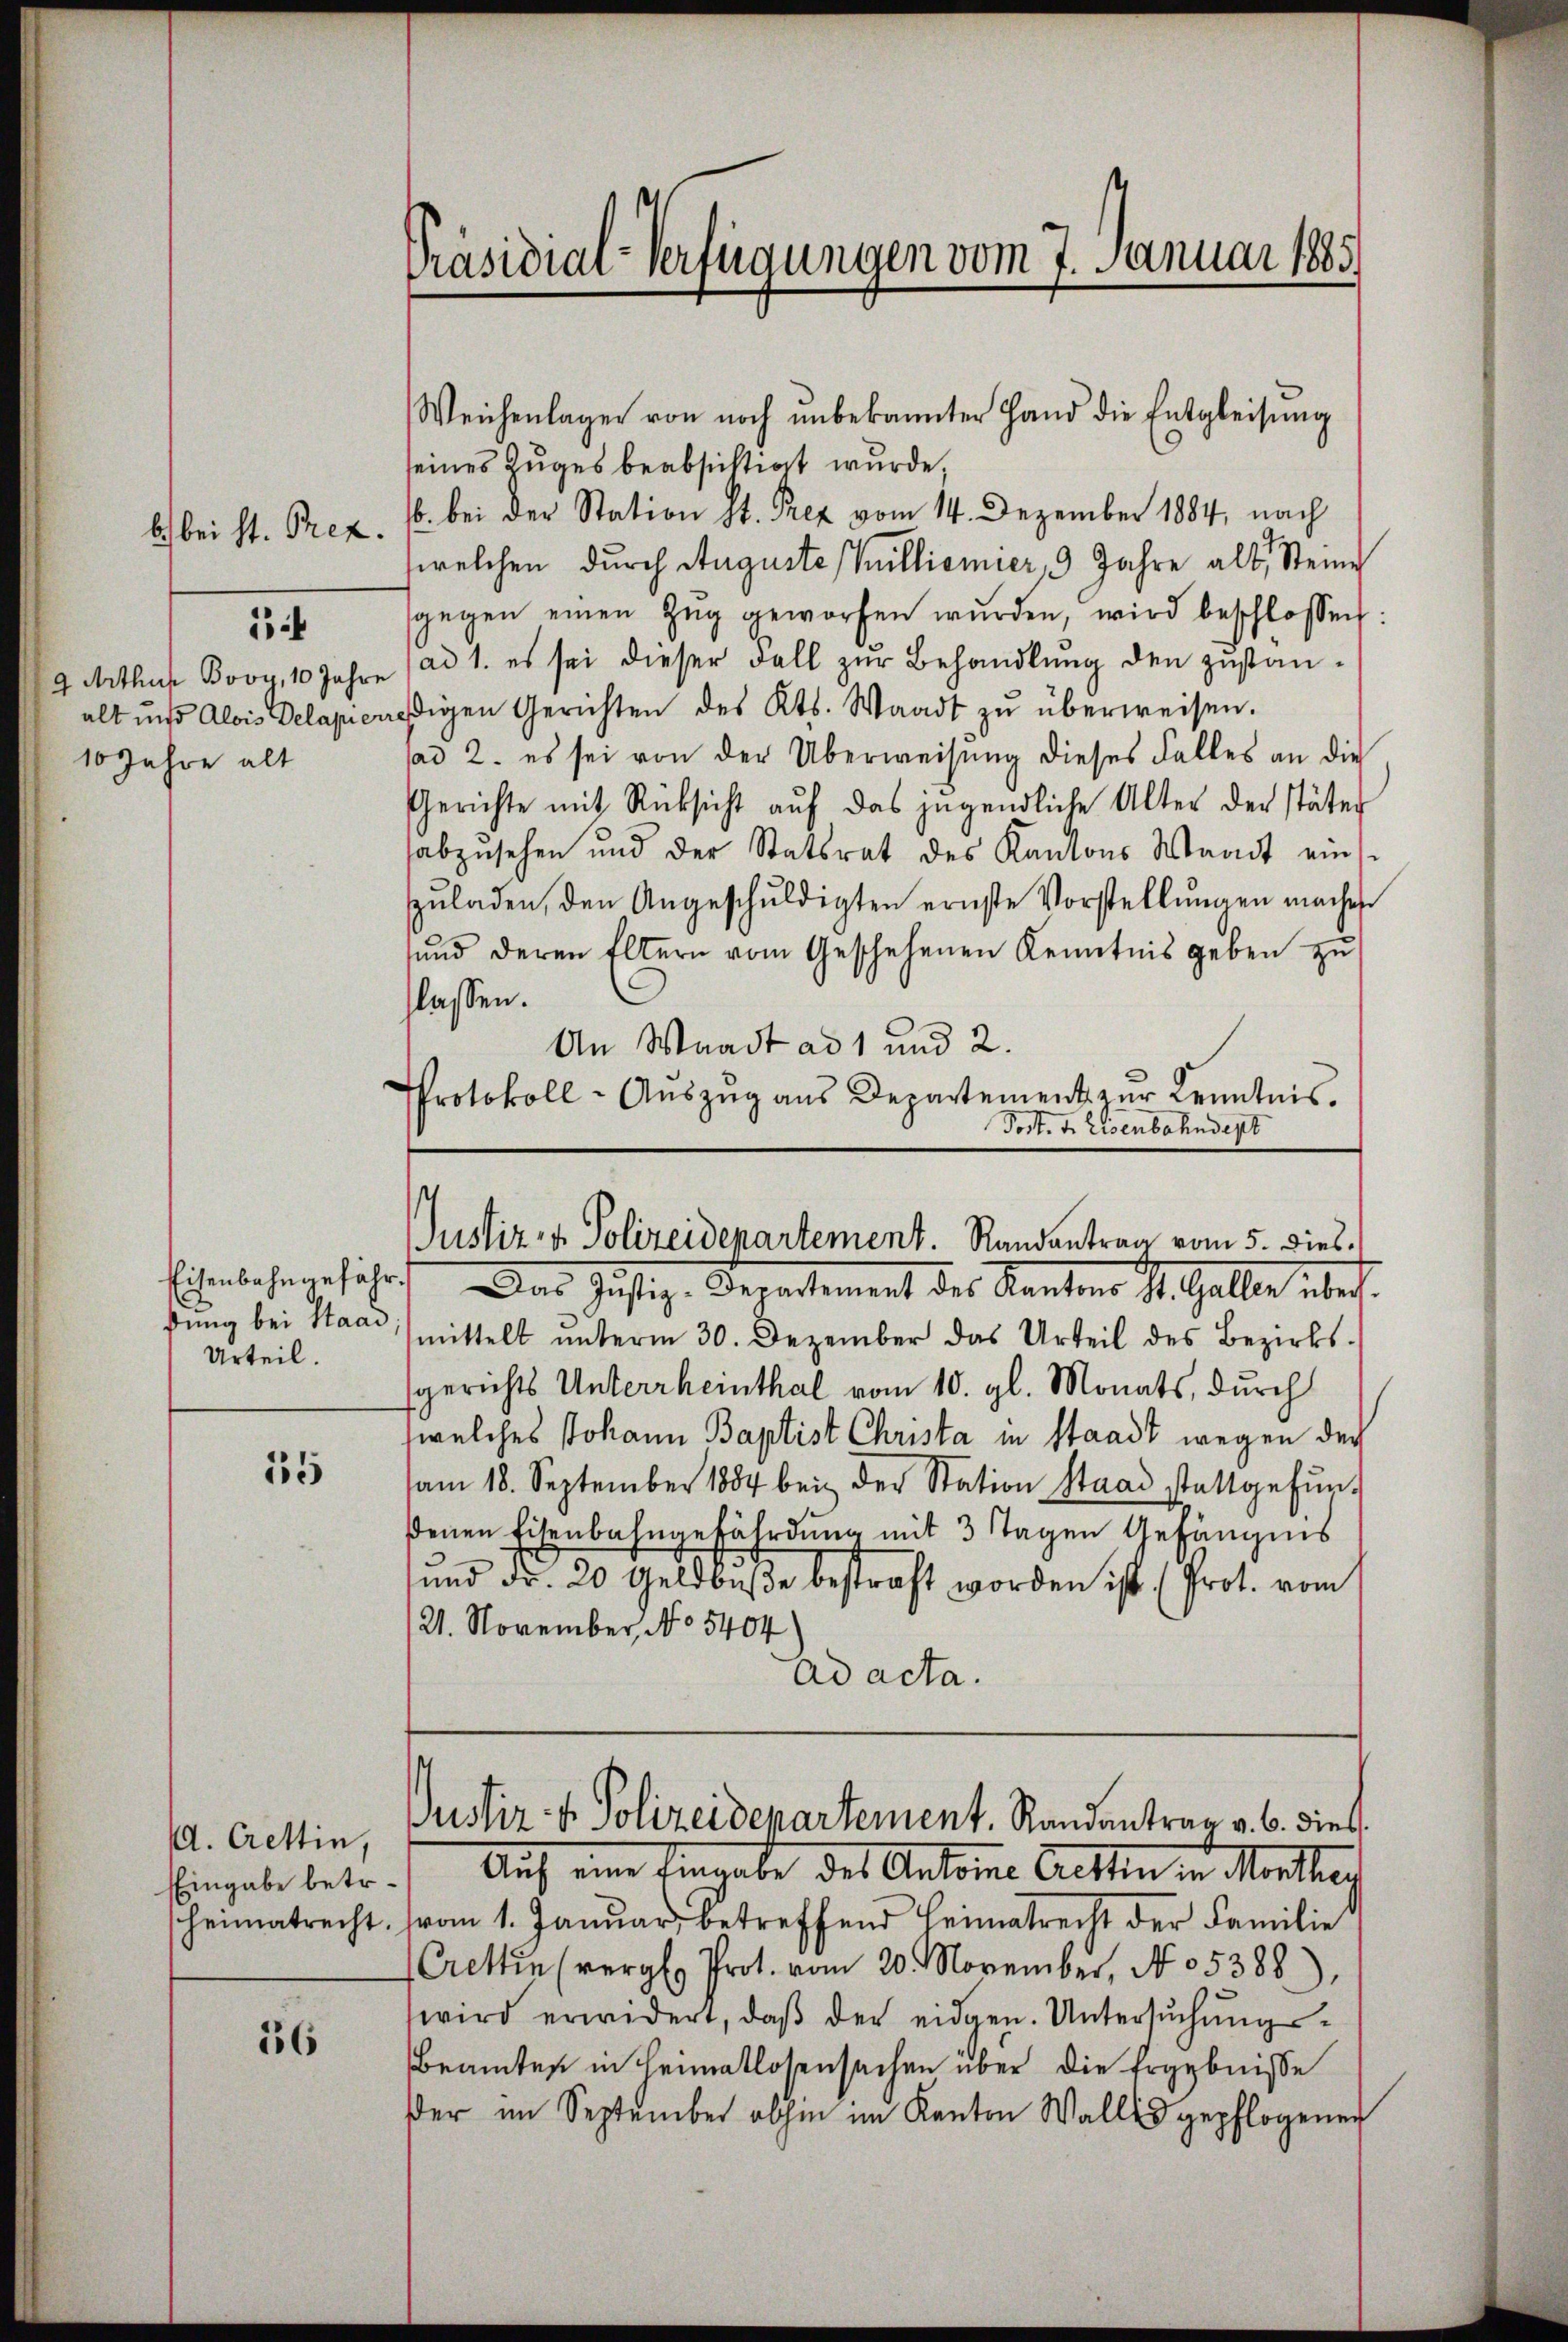
b) bei St. Prez.
10 Jahre alt

1

dung bei Staad,
Urteil.

15

Ad. Crettin,
Eingabe betr.
heimatrecht.

56

Präsidial-Verfügungen vom 7. Januar 1885.

Weichenlager von noch unbekannter Hand die Entgleisung
seines Zuges beabsichtigt wurde,
6. bei der Station St. Prez vom 14. Dezember 1884, nach
welchen durch Auguste Millionier, 9 Jahre alt, Steine
sgegen einen Zŭg geworfen wŭrden, wird beschlossen:
9 Arthur Booy, 10 Jahre (ad 1. es sei dieser Fall zŭr Behandlŭng den zŭstan-
alt und Alois Delapicresigen Gerichten des Kts. Waadt zŭ überweisen.
sad 2. es sei von der Überweisung dieses Falles an die
Gerichte mit Rücksicht aŭf das jugendliche Alter der später
abzusehen und der Statsrat des Kantons Waadt eins
zŭladen, den Angeschŭldigten ernste Vorstellŭngen machen
sŭnd deren Eltern vom Geschehenen Kenntnis geben zŭ
lassen.
An Waadt ad 1 und 2.
Protokoll-Aŭszŭg ans Departement zur Kenntnis.
Post. v. Eisenbahndept

Justiz- & Polizeidepartement. Randantrag vom 5. dies¬
Eichenbehangeführt. Das Justiz-Departement des Kantons St. Galle über

mittelt ŭnterm 30. Dezember das Urteil des Bezirks-
gerichts Unterrheinthal vom 10. gl. Monats, durch
welches Johann Baptist Christa in Staadt wegen der
am 18. September 1884 bei der Station Staad stattgefŭn
ßenen Eisenbahngefährdung mit 3 Tagen Gefängnis
und dr. 20 Geldbŭβe bestraft worden ist. (Prot. vom
21. November, No 5404
ad acta.
Justiz- & Polizeidepartement. Randantrag v. 6. dies
Auf eine Eingabe des Antone Acten in Montrag
vom 1. Januar betreffend Heimatrecht der Familie
Crettin vergl. Prot. vom 20. November, No. 5388.)
wird erwidert, daβ der eidgen. Untersŭchŭngs-
Beamtes in Heimatlosensachen über die Ergebnisse
der im September abhin im Kanton Wallis gepflogenen